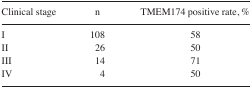
<table><thead><tr><td><b>Clinical stage</b></td><td><b>n</b></td><td><b>TMEM174 positive rate, %</b></td></tr></thead><tbody><tr><td>I</td><td>108</td><td>58</td></tr><tr><td>II</td><td>26</td><td>50</td></tr><tr><td>III</td><td>14</td><td>71</td></tr><tr><td>IV</td><td>4</td><td>50</td></tr></tbody></table>